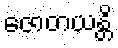
ဇောတယန္တိ